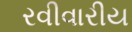
રવીવારીય